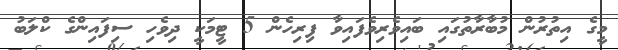
މީގެ އިތުރުން މުބާރާތުގައި ބައިވެރިވެފައިވާ ފިރިހެން 5 ޓީމަކީ ދިވެހި ސިފައިންގެ ކްލަބު